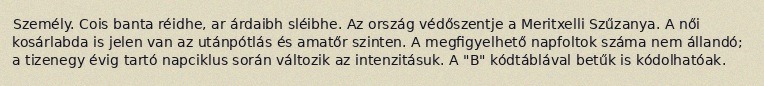
Személy. Cois banta réidhe, ar árdaibh sléibhe. Az ország védőszentje a Meritxelli Szűzanya. A női kosárlabda is jelen van az utánpótlás és amatőr szinten. A megfigyelhető napfoltok száma nem állandó; a tizenegy évig tartó napciklus során változik az intenzitásuk. A "B" kódtáblával betűk is kódolhatóak.